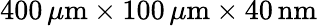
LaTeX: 400\, \mu\mathrm{m}\times 100\, \mu\mathrm{m}\times 40\, \mathrm{nm}